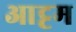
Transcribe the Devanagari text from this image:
आट्टम